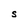
Character: S